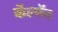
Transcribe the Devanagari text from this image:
कॅल्मॅन